Annual report on the Civil Veterinary Department, Burma (including the Insein Veterinary School) - 1932-1941
Year: 1932
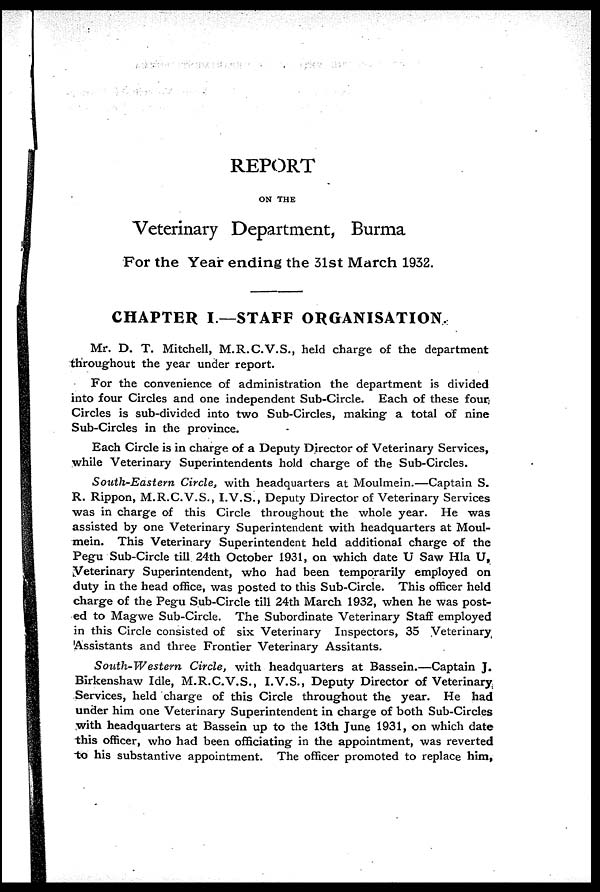
REPORT
ON THE
Veterinary Department, Burma
For the Year ending the 31st March 1932.
CHAPTER I—STAFF ORGANISATION.
Mr. D. T. Mitchell, M.R.C.V.S., held charge of the department
throughout the year under report.
For the convenience of administration the department is divided
into four Circles and one independent Sub-Circle. Each of these four
Circles is sub-divided into two Sub-Circles, making a total of nine
Sub-Circles in the province.
Each Circle is in charge of a Deputy Director of Veterinary Services,
while Veterinary Superintendents hold charge of the Sub-Circles.
South-Eastern Circle, with headquarters at Moulmein.—Captain S.
R. Rippon, M.R.C.V.S., I.V.S., Deputy Director of Veterinary Services
was in charge of this Circle throughout the whole year. He was
assisted by one Veterinary Superintendent with headquarters at Moul-
mein. This Veterinary Superintendent held additional charge of the
Pegu Sub-Circle till 24th October 1931, on which date U Saw Hla U,
Veterinary Superintendent, who had been temporarily employed on
duty in the head office, was posted to this Sub-Circle. This officer held
charge of the Pegu Sub-Circle till 24th March 1932, when he was post-
ed to Magwe Sub-Circle. The Subordinate Veterinary Staff employed
in this Circle consisted of six Veterinary Inspectors, 35 Veterinary
Assistants and three Frontier Veterinary Assitants.
South-Western
Circle, with headquarters at Bassein.—Captain J.
Birkenshaw Idle, M.R.C.V.S., I.V.S., Deputy Director of Veterinary
Services, held charge of this Circle throughout the year. He had
under him one Veterinary Superintendent in charge of both Sub-Circles
with headquarters at Bassein up to the 13th June 1931, on which date
this officer, who had been officiating in the appointment, was reverted
to his substantive appointment. The officer promoted to replace him,